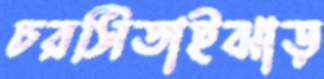
চরসিতাইঝাড়